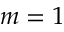
m = 1